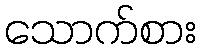
သောက်စား